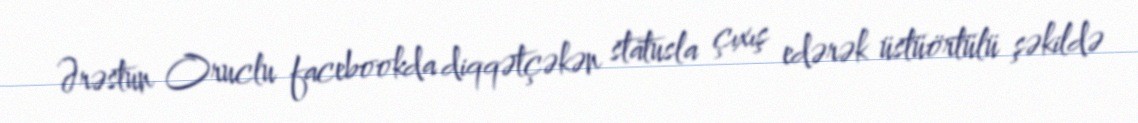
Ərəstun Oruclu facebookda diqqətçəkən statusla çıxış edərək üstüörtülü şəkildə